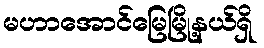
မဟာအောင်မြေမြို့နယ်ရှိ